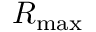
R _ { \mathrm { m a x } }